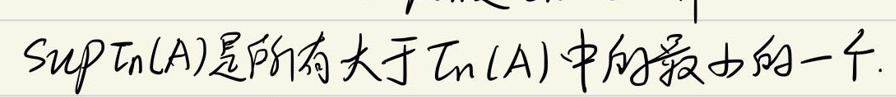
$\sup \pi(A)$是所有大于$\pi(A)$中的最小的一个。